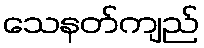
သေနတ်ကျည်